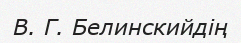
В. Г. Белинскийдің